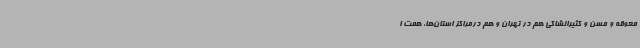
معوقه و مسن و کثیرالشاکی هم در تهران و هم درمراکز استان‌ها، همت ا